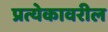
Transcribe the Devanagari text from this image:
प्रत्येकावरील